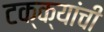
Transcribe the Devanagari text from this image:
टक्क्यांची